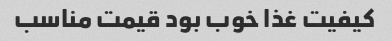
کیفیت غذا خوب بود قیمت مناسب